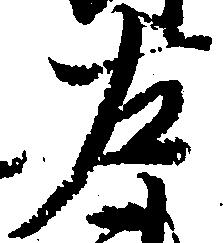
左